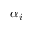
\alpha _ { i }